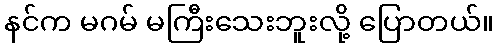
နင်က မဂမ် မကြီးသေးဘူးလို့ ပြောတယ်။